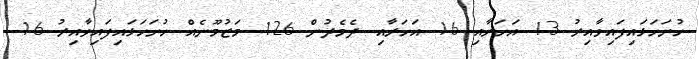
ހުށަހަޅައިފައިވާއިރު 13 އަހަރާއި 16 އަހަރާއި ދެމެދުން 126 މަޒުމޫނެއް ހުށަހަޅައިފައިވާއިރު 16